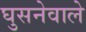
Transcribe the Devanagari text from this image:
घुसनेवाले